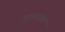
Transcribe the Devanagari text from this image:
तत्त्वसार